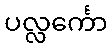
ပလ္လင်္ကော